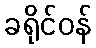
ခရိုင်ဝန်